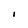
Character: i